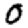
Digit: 0